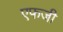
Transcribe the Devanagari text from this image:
एफजी